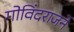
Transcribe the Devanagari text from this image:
गोविंदराजने